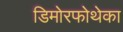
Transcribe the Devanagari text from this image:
डिमोरफोथेका